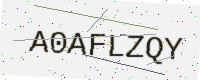
Text: A0AFLZQY